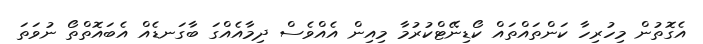
އެގޮތުން މިހުރިހާ ކަންތައްތައް ކޯޑިނޭޓްކުރުމާ މިއިން އެއްވެސް ދިމާއެއްގަ ބާގަނޑެއް އެބައޮތްތޯ ނުވަތަ